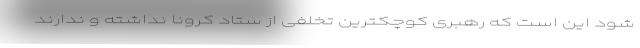
شود این است که رهبری کوچکترین تخلفی از ستاد کرونا نداشته و ندارند